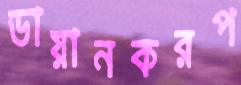
ডায়ানকরপ